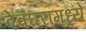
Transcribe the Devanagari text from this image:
देवघरांमध्ये